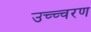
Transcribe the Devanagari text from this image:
उच्च्चरण